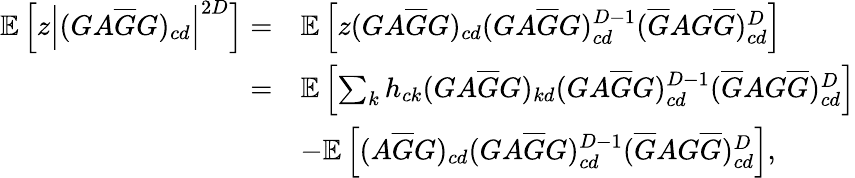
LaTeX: \begin{array}{rl}{\mathbb{E}\left[z\left|(GA\overline{{G}}G)_{cd}\right|^{2D}\right]=}&{\mathbb{E}\left[z(GA\overline{{G}}G)_{cd}(GA\overline{{G}}G)_{cd}^{D-1}(\overline{{G}}AG\overline{{G}})_{cd}^{D}\right]}\\ {=}&{\mathbb{E}\left[\sum_{k}h_{ck}(GA\overline{G}G)_{kd}(GA\overline{{G}}G)_{cd}^{D-1}(\overline{{G}}AG\overline{{G}})_{cd}^{D}\right]}\\ &{-\mathbb{E}\left[(A\overline{{G}}G)_{cd}(GA\overline{{G}}G)_{cd}^{D-1}(\overline{{G}}AG\overline{{G}})_{cd}^{D}\right],}\end{array}